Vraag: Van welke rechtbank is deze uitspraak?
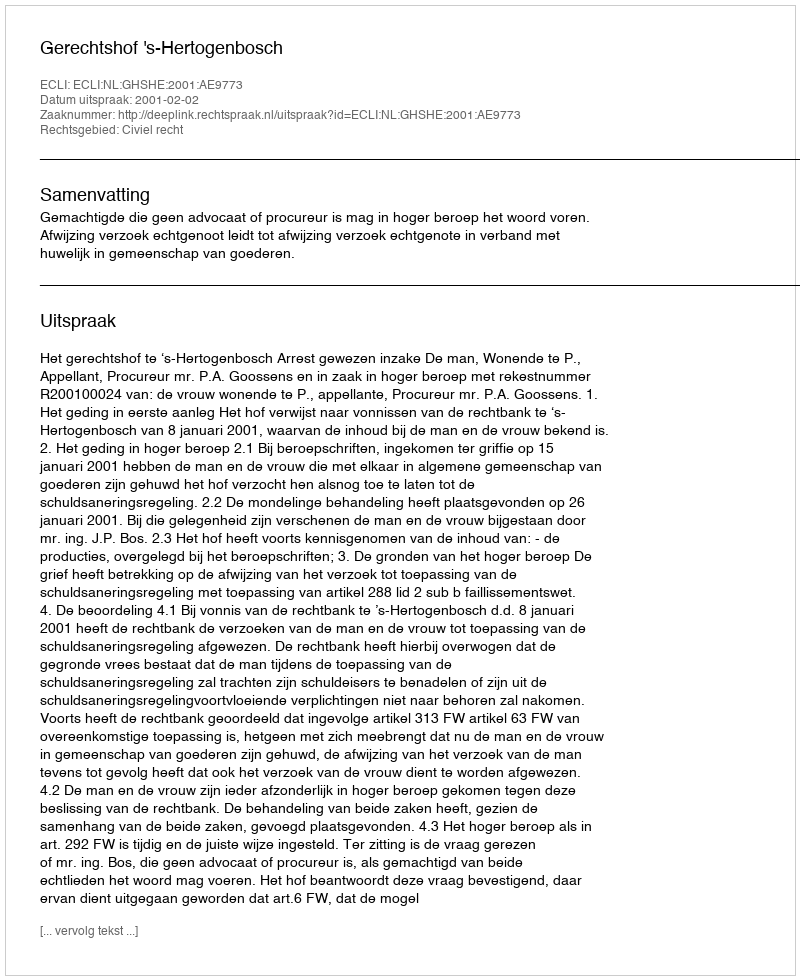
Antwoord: Gerechtshof 's-Hertogenbosch